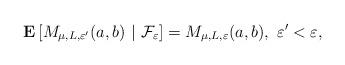
LaTeX: \begin{align*}{\bf E}\left[M_{\mu, L,\varepsilon'}(a, b)\,\,\vert\,\,\mathcal{F}_\varepsilon\right] =M_{\mu, L, \varepsilon}(a, b), \,\,\varepsilon'<\varepsilon,\end{align*}